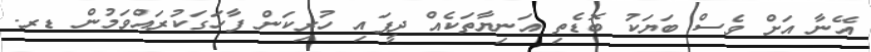
އޭނާ އަށް ވެސް ބަޔަކު ބޮޑެތި އަނިޔާތަކެއް ދީފައި ހުރިކަން ފާހަގަކުރައްވަމުން ޑރ.